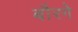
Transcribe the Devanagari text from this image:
बौरगे